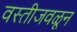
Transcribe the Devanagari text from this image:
वस्तीजवळून